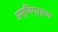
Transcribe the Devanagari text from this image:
अस्थिग्रहण